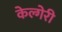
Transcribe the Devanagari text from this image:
केल्गेरी